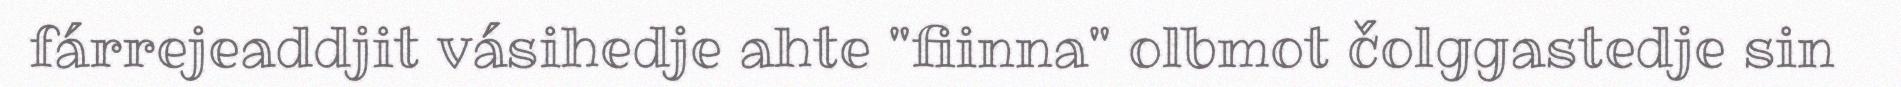
fárrejeaddjit vásihedje ahte "fiinna" olbmot čolggastedje sin